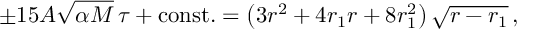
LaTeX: \pm 1 5 A \sqrt { \alpha M } \, \tau + \mathrm { c o n s t . } = \left( 3 r ^ { 2 } + { 4 r _ { 1 } } r + 8 r _ { 1 } ^ { 2 } \right) \sqrt { r - { r _ { 1 } } } \, , \nonumber \,